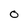
Character: 0